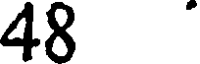
48